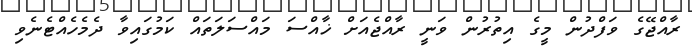
ރާއްޖޭގެ ވަފްދުން މީގެ އިތުރުން ވަނީ ރާއްޖެއަށް ޚާއްސަ މައްސަލަތައް ކަމުގައިވާ ދެމެހެއްޓެނެވި